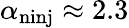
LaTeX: \alpha_{\mathrm{n{inj}}}\approx 2.3